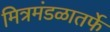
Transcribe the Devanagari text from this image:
मित्रमंडळातर्फे